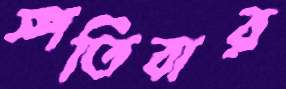
স্পতিবার